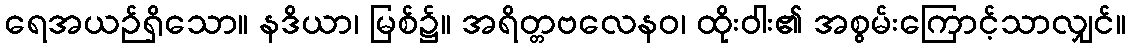
ရေအယဉ်ရှိသော။ နဒိယာ၊ မြစ်၌။ အရိတ္တဗလေနဝ၊ ထိုးဝါး၏ အစွမ်းကြောင့်သာလျှင်။